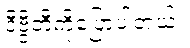
ဒီဗွီဘီကိုပြောပါတယ်။